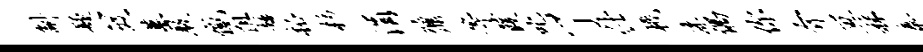
斛疑笈墓敦憾阻矮柘杉涓鼐等葭叱了仕机漆偶你介亘秣泰